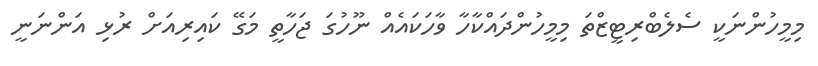
މިމީހުންނަކީ ސެލެބްރިޓީޒްތަ މިމީހުންދައްކާހާ ވާހަކައެއް ނޫހުގަ ޖަހާތީ މަގޭ ކައިރިއަށް ރުޅި އަންނަނީ